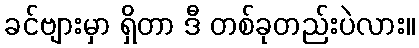
ခင်ဗျားမှာ ရှိတာ ဒီ တစ်ခုတည်းပဲလား။